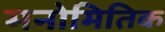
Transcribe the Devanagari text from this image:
मनोमितिक